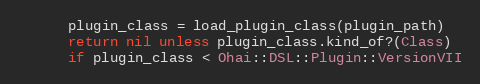
Language: Ruby
      plugin_class = load_plugin_class(plugin_path)
      return nil unless plugin_class.kind_of?(Class)
      if plugin_class < Ohai::DSL::Plugin::VersionVII